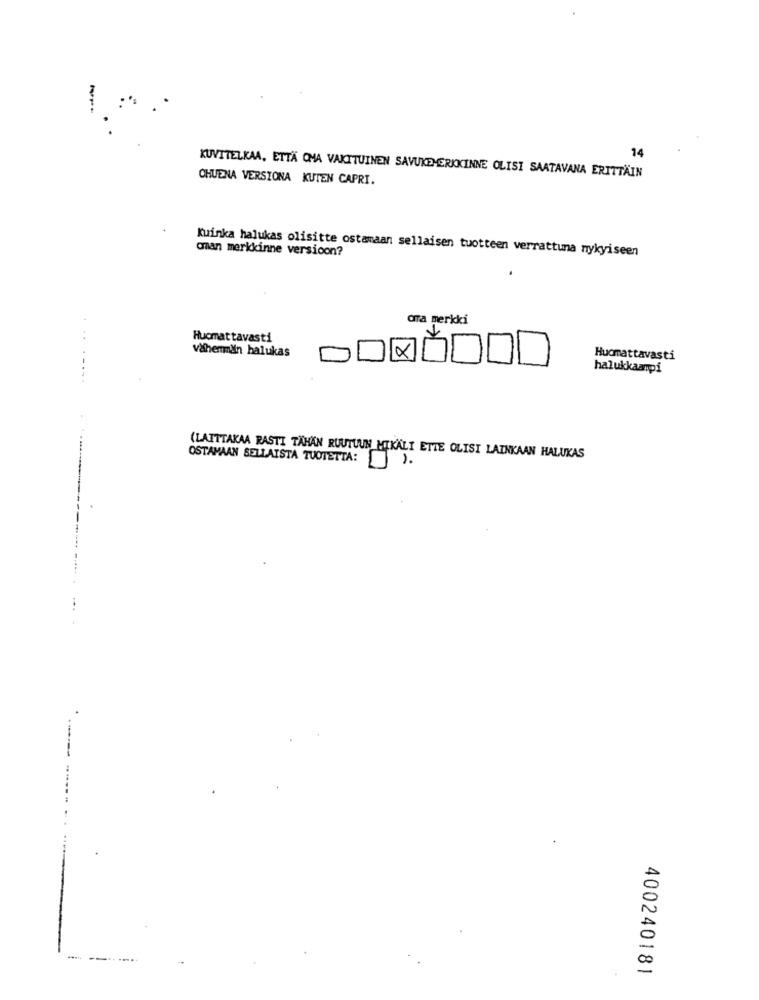
14
KUVITELKAA, ETTÄ OMA VAKITUINEN SAVUKD-ERKKINNE OLISI SAATAVANA ERITTÄIN
CHUENA VERSIONA KUTEN CAPRI.
can merkkinne versioon?
Kuinka halukas olisitte ostamaan sellaisen tuotteen verrattuna nykyiseen
ora merkki
Hucmattavasti
vähemmän halukas
Hucmattavasti
halukkaampi
........
(LAITTAKAA RASTI TÄHÄN RUUTUUN MIKÄLI ETTE OLISI LAINKAAN HALUKAS
OSTAMAAN SELLAISTA TUOTETTA: ).
--
400240181